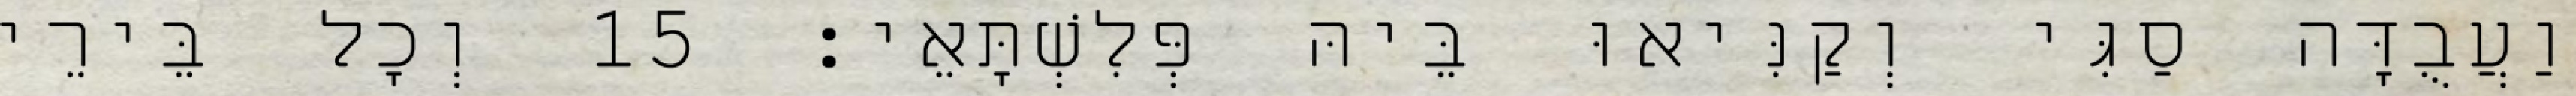
וַעֲבֻדָּה סַגִּי וְקַנִּיאוּ בֵּיהּ פְּלִשְׁתָּאֵי׃ 15 וְכָל בֵּירֵי